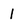
Character: l